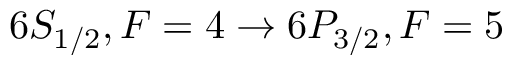
6 S _ { 1 / 2 } , F = 4 \rightarrow 6 P _ { 3 / 2 } , F = 5